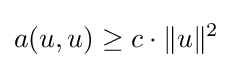
a(u,u)\geq c\cdot \|u\|^{2}